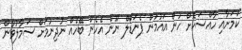
ކަމަށާއި ހާއްސަކޮށް ހުން އައުމުން ޕެނަޑޯލް ނޫން އެހެން ބޭހެއް ނުދިނުމަށް ސަމާލުވާން